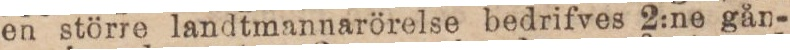
en större landtmannarörelse bedrifves 2:ne gån-